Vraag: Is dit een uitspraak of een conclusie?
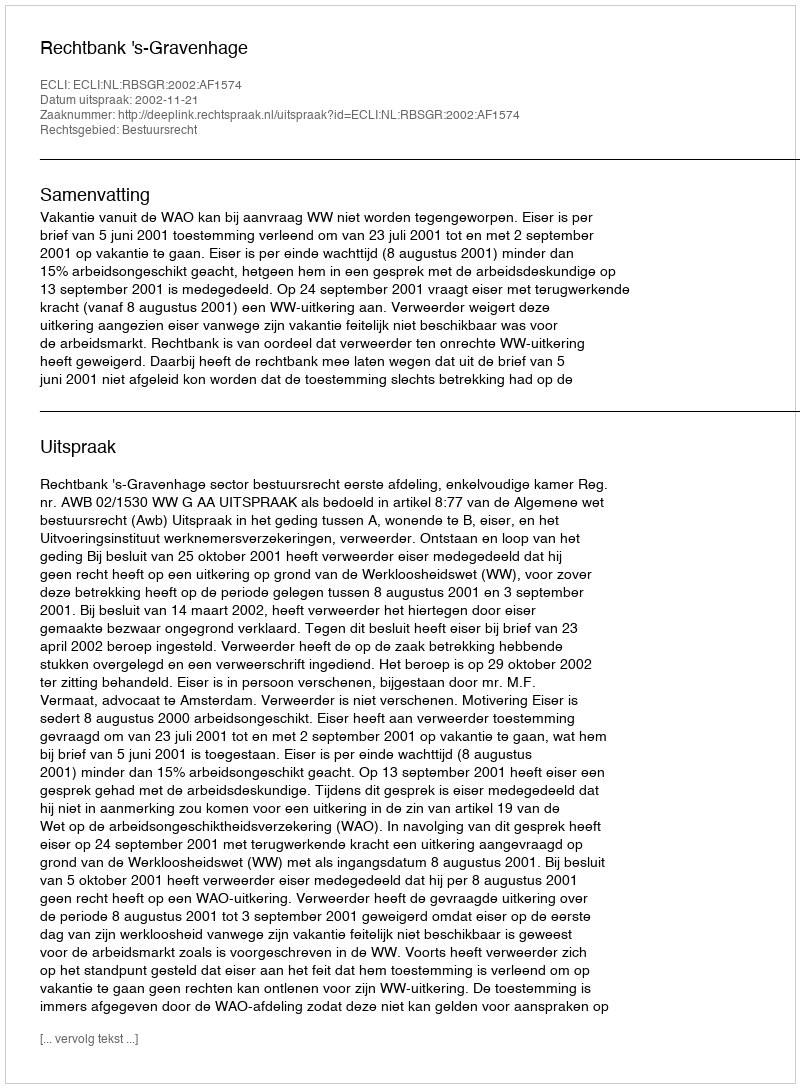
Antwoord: Uitspraak